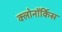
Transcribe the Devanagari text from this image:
क्लोनॉर्किस